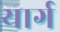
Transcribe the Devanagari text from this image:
यार्ग